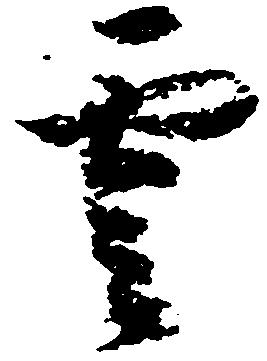
雲